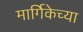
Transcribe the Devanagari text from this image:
मार्गिकेच्या